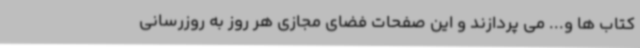
کتاب ها و... می پردازند و این صفحات فضای مجازی هر روز به روزرسانی